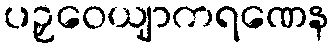
ပဉှဝေယျာကရဏေန